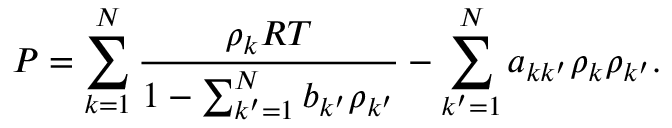
P = \sum _ { k = 1 } ^ { N } \frac { \rho _ { k } R T } { 1 - \sum _ { k ^ { \prime } = 1 } ^ { N } b _ { k ^ { \prime } } \rho _ { k ^ { \prime } } } - \sum _ { k ^ { \prime } = 1 } ^ { N } a _ { k k ^ { \prime } } \rho _ { k } \rho _ { k ^ { \prime } } .